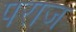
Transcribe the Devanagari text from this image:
पराज